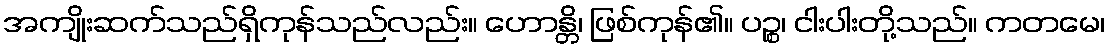
အကျိုးဆက်သည်ရှိကုန်သည်လည်း။ ဟောန္တိ၊ ဖြစ်ကုန်၏။ ပဉ္စ၊ ငါးပါးတို့သည်။ ကတမေ၊